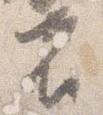
者